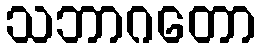
သဘာဂတော